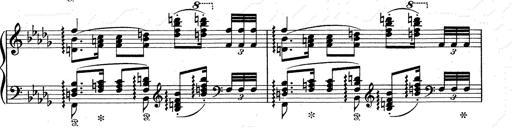
Title: Walhall aus Der Ring des Nibelungen
Composer: Franz Liszt